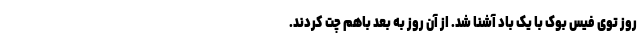
روز توی فیس بوک با یک باد آشنا شد. از آن روز به بعد باهم چت کردند.